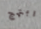
ابتهج